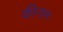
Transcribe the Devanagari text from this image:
कीनाम